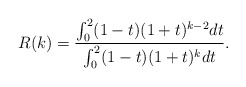
\begin{align*}R(k)=\frac{\int_{0}^{2}(1-t)(1+t)^{k-2}dt}{\int_{0}^{2}(1-t)(1+t)^{k}dt}.\end{align*}